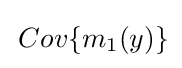
\,Cov\{m_{1}(y)\}